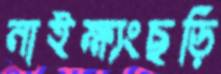
নাইক্ষ্যংছড়ি